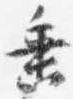
垂